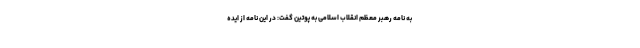
به نامه رهبر معظم انقلاب اسلامی به پوتین گفت: در این نامه از ایده